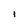
Character: I